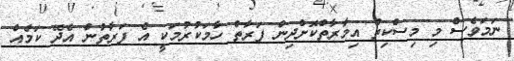
ނަމަވެސް މި މިސްކިތް އިމާރާތްކޮށްދިން ފަރާތް ހާމަކުރުމަކީ އެ ފަރާތުން އެދޭ ކަމެއް